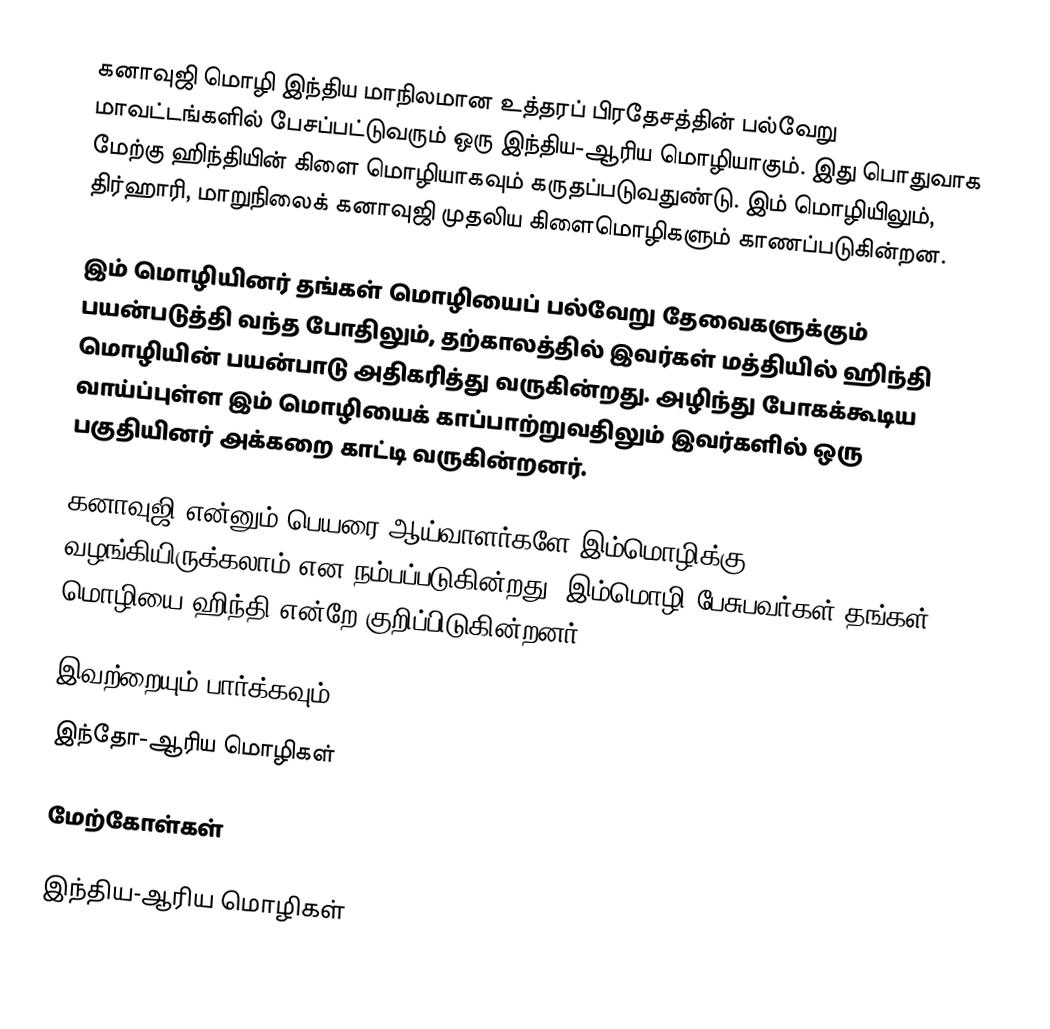
கனாவுஜி மொழி இந்திய மாநிலமான உத்தரப் பிரதேசத்தின் பல்வேறு மாவட்டங்களில் பேசப்பட்டுவரும் ஒரு இந்திய-ஆரிய மொழியாகும். இது பொதுவாக மேற்கு ஹிந்தியின் கிளை மொழியாகவும் கருதப்படுவதுண்டு. இம் மொழியிலும், திர்ஹாரி, மாறுநிலைக் கனாவுஜி முதலிய கிளைமொழிகளும் காணப்படுகின்றன.

இம் மொழியினர் தங்கள் மொழியைப் பல்வேறு தேவைகளுக்கும் பயன்படுத்தி வந்த போதிலும், தற்காலத்தில் இவர்கள் மத்தியில் ஹிந்தி மொழியின் பயன்பாடு அதிகரித்து வருகின்றது. அழிந்து போகக்கூடிய வாய்ப்புள்ள இம் மொழியைக் காப்பாற்றுவதிலும் இவர்களில் ஒரு பகுதியினர் அக்கறை காட்டி வருகின்றனர்.

கனாவுஜி என்னும் பெயரை ஆய்வாளர்களே இம்மொழிக்கு வழங்கியிருக்கலாம் என நம்பப்படுகின்றது. இம்மொழி பேசுபவர்கள் தங்கள் மொழியை ஹிந்தி என்றே குறிப்பிடுகின்றனர்.

இவற்றையும் பார்க்கவும்
 இந்தோ-ஆரிய மொழிகள்

மேற்கோள்கள்

இந்திய-ஆரிய மொழிகள்